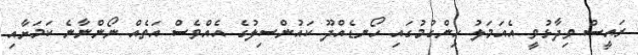
ރައީސް ވިދާޅުވީ އެއަމަލު ހިންގުމުގައި ހޯނޑެއްދޫ ކައުންސިލުގެ އެއްވެސް އަތެއް ނޯންނާނެ ކަމަށާއި